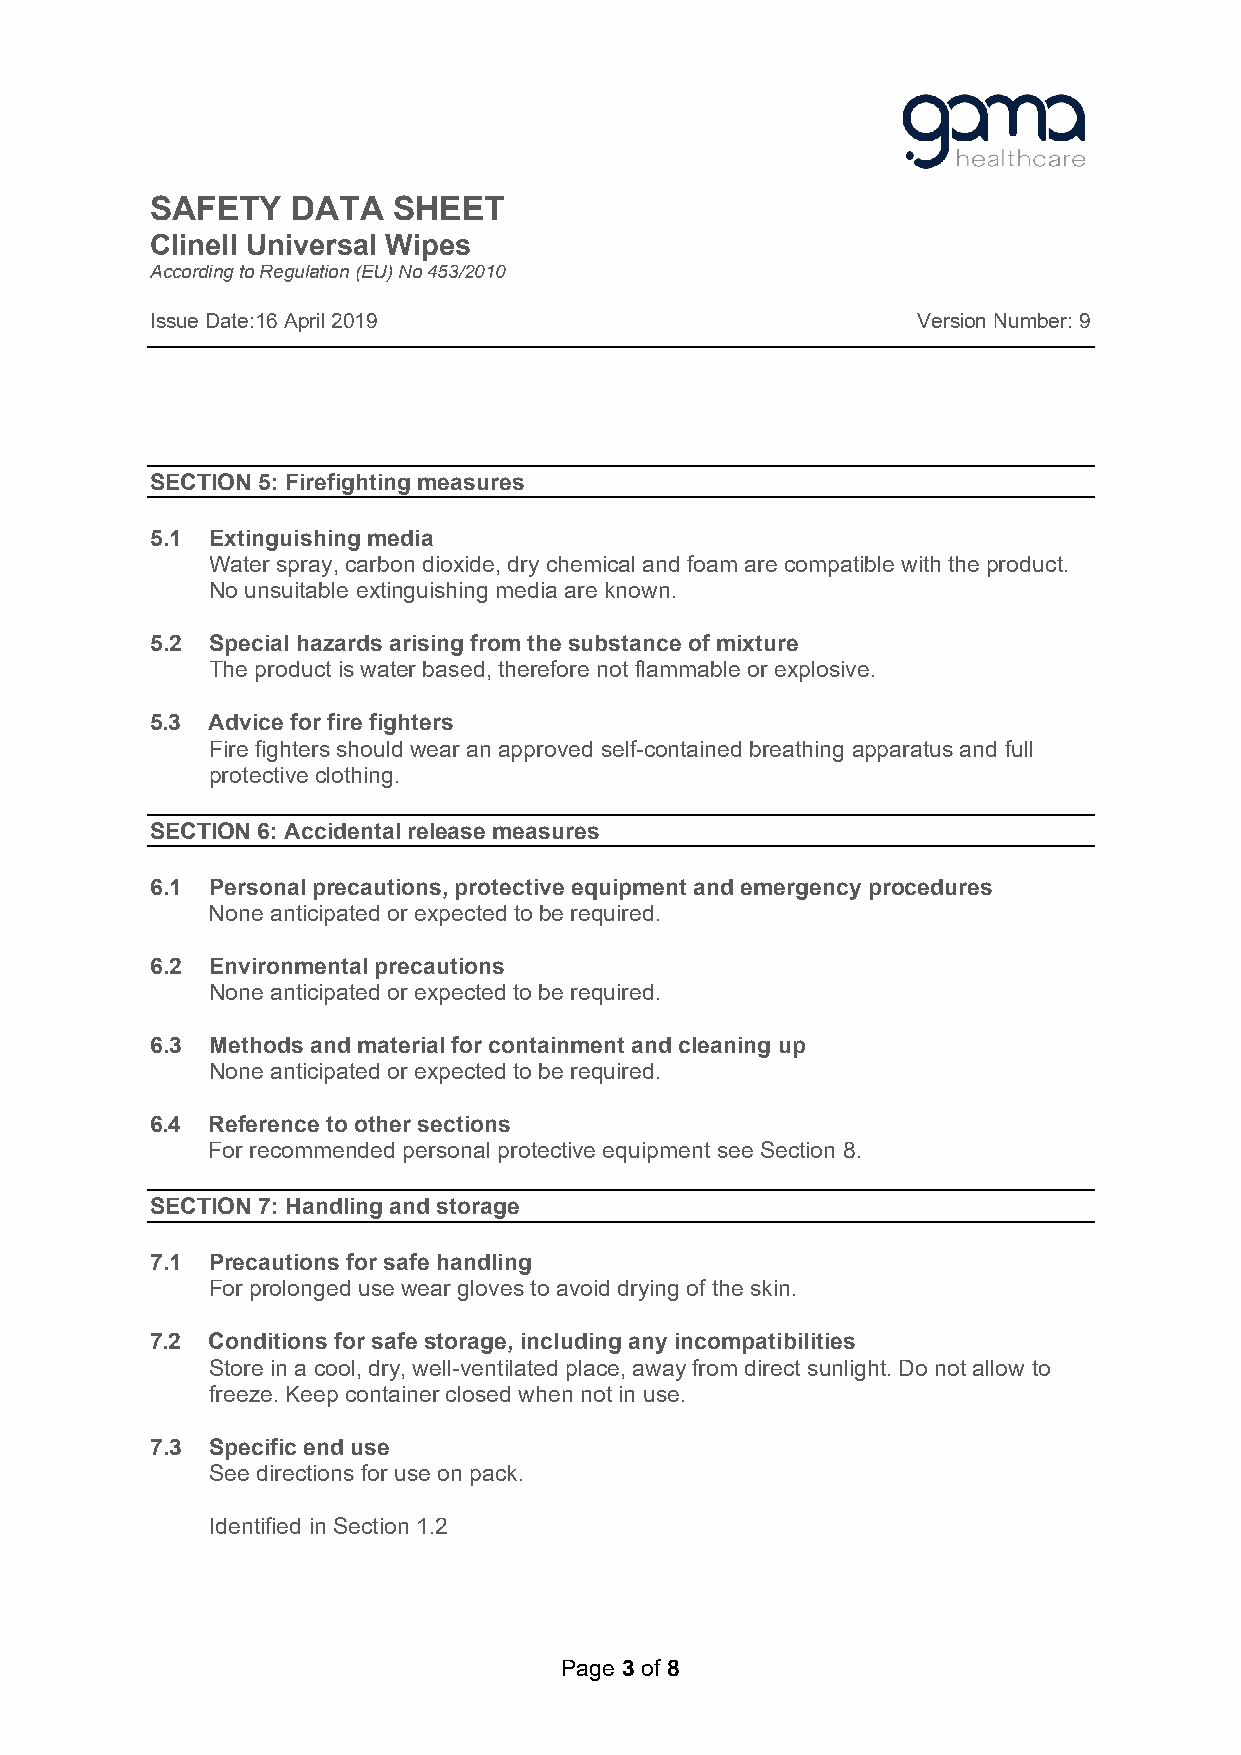
SAFETY   DATA   SHEET
 Clinell Universal Wipes
 According to Regulation (EU) No 453/2010
 Issue Date:16 April 2019                           Version Number: 9
 SECTION 5: Firefighting measures
 5.1 Extinguishing media
 Water spray, carbon dioxide, dry chemical and foam are compatible with the product.
 No unsuitable extinguishing media are known.
 5.2 Special hazards arising from the substance of mixture
 The product is water based, therefore not flammable or explosive.
 5.3 Advice for fire fighters
 Fire fighters should wear an approved self-contained breathing apparatus and full
 protective clothing.
 SECTION 6: Accidental release measures
 6.1 Personal precautions, protective equipment and emergency procedures
 None anticipated or expected to be required.
 6.2 Environmental precautions
 None anticipated or expected to be required.
 6.3 Methods and material for containment and cleaning up
 None anticipated or expected to be required.
 6.4 Reference to other sections
 For recommended personal protective equipment see Section 8.
 SECTION 7: Handling and storage
 7.1 Precautions for safe handling
 For prolonged use wear gloves to avoid drying of the skin.
 7.2 Conditions for safe storage, including any incompatibilities
 Store in a cool, dry, well-ventilated place, away from direct sunlight. Do not allow to
 freeze. Keep container closed when not in use.
 7.3 Specific end use
 See directions for use on pack.
 Identified in Section 1.2
 Page 3 of 8